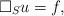
LaTeX: \begin{align*} \Box_S u = f,\end{align*}